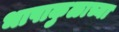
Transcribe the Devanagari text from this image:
भाषाकुळाच्या